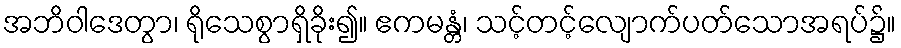
အဘိဝါဒေတွာ၊ ရိုသေစွာရှိခိုး၍။ ဧကမန္တံ၊ သင့်တင့်လျောက်ပတ်သောအရပ်၌။